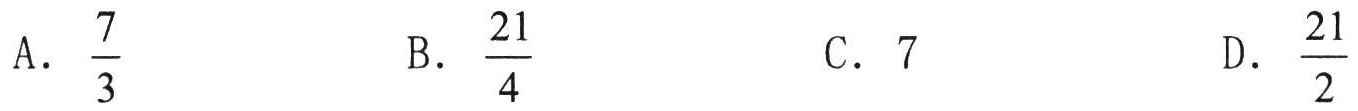
A. \(\frac{7}{3}\)  B. \(\frac{21}{4}\)  C. \(7\)  D. \(\frac{21}{2}\)